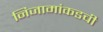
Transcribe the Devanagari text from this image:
निजामांकडची